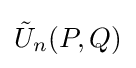
{\tilde {U}}_{n}(P,Q)